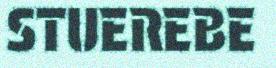
STUEREBE